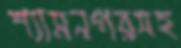
শ্যামনগরসহ